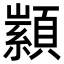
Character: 𮨙